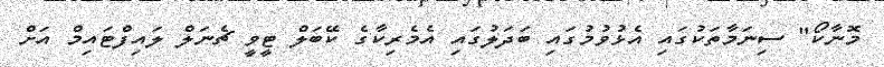
މޮނާކޯ" ސިނަމާތަކުގައި އެޅުވުމުގައި ބަދަލުގައި އެމެރިކާގެ ކޭބަލް ޓީވީ ޗެނަލް ލައިފްޓައިމް އަށް